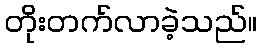
တိုးတက်လာခဲ့သည်။